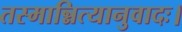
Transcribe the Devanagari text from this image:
तस्मान्नित्यानुवादः।